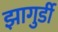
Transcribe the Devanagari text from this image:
झागुर्डी